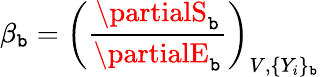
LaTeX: \beta_{\mathtt{b}}=\left(\frac{{\partialS_{\mathtt{b}}}}{{\partialE_{\mathtt{b}}}}\right)_{V,\{ Y_{i}\} _{\mathtt{b}}}